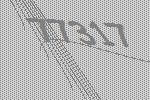
77317